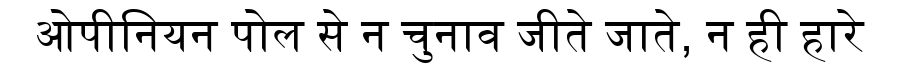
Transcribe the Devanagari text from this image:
ओपीनियन पोल से न चुनाव जीते जाते, न ही हारे